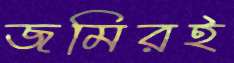
জমিরই